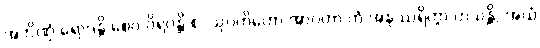
အဘိဏှံ ရောဒန္တိ စေဝ ဝိရဝန္တိ စ, သုဂတိတော အာဂတာ တံ အနုဿရိတွာ ဟသန္တိ, အယံ